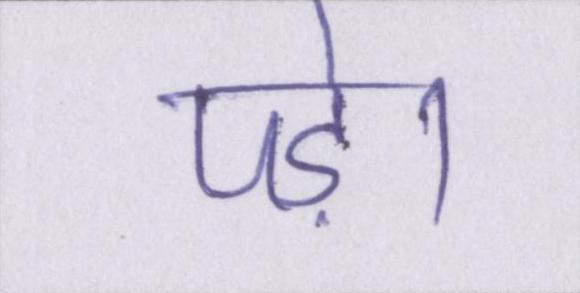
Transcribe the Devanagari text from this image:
पड़े।